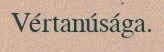
Vértanúsága.